Annual report on the health of the army in India
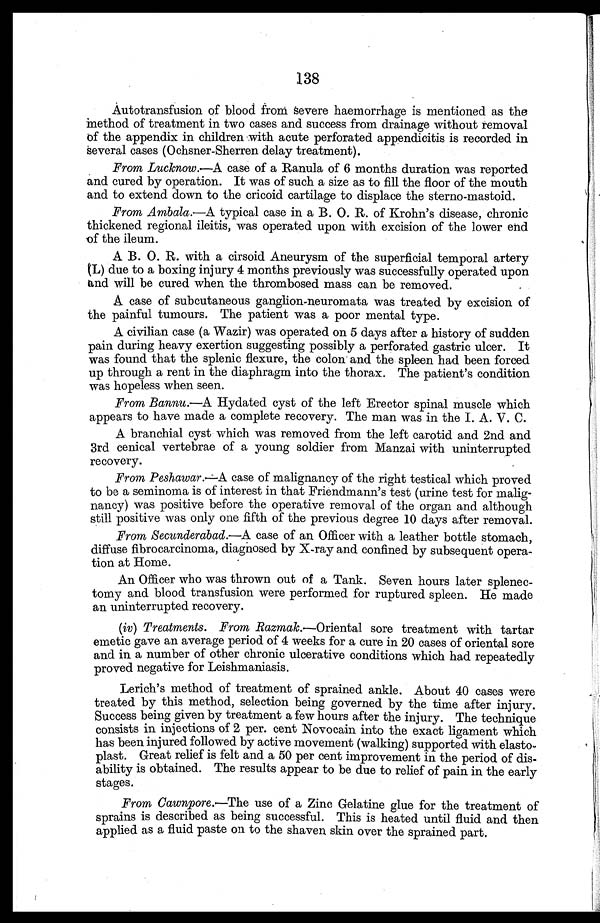
138
Autotransfusion of blood from severe haemorrhage is mentioned as the
method of treatment in two cases and success from drainage without removal
of the appendix in children with acute perforated appendicitis is recorded in
several cases (Ochsner-Sherren delay treatment).
From Lucknow.—A case of a Ranula of 6 months duration was reported
and cured by operation. It was of such a size as to fill the floor of the mouth
and to extend down to the cricoid cartilage to displace the sterno-mastoid.
From Ambala.—A typical case in a B. O. R. of Krohn's disease, chronic
thickened regional ileitis, was operated upon with excision of the lower end
of the ileum.
A B. O. R. with a cirsoid Aneurysm of the superficial temporal artery
(L) due to a boxing injury 4 months previously was successfully operated upon
and will be cured when the thrombosed mass can be removed.
A case of subcutaneous ganglion-neuromata was treated by excision of
the painful tumours. The patient was a poor mental type.
A civilian case (a Wazir) was operated on 5 days after a history of sudden
pain during heavy exertion suggesting possibly a perforated gastric ulcer. It
was found that the splenic flexure, the colon and the spleen had been forced
up through a rent in the diaphragm into the thorax. The patient's condition
was hopeless when seen.
From Bannu.—A Hydated cyst of the left Erector spinal muscle which
appears to have made a complete recovery. The man was in the I. A. V. C.
A branchial cyst which was removed from the left carotid and 2nd and
3rd cenical vertebrae of a young soldier from Manzai with uninterrupted
recovery.
From Peshawar.—A case of malignancy of the right testical which proved
to be a seminoma is of interest in that Friendmann's test (urine test for malig
-nancy) was positive before the operative removal of the organ and although
still positive was only one fifth of the previous degree 10 days after removal.
From Secunderabad.—A case of an Officer with a leather bottle stomach,
diffuse fibrocarcinoma, diagnosed by X-ray and confined by subsequent opera
-tion at Home.
An Officer who was thrown out of a Tank. Seven hours later splenec
-tomy and blood transfusion were performed for ruptured spleen. He made
an uninterrupted recovery.
(iv) Treatments. From Razmak.—Oriental sore treatment with tartar
emetic gave an average period of 4 weeks for a cure in 20 cases of oriental sore
and in a number of other chronic ulcerative conditions which had repeatedly
proved negative for Leishmaniasis.
Lerich's method of treatment of sprained ankle. About 40 cases were
treated by this method, selection being governed by the time after injury.
Success being given by treatment a few hours after the injury. The technique
consists in injections of 2 per. cent Novocain into the exact ligament which
has been injured followed by active movement (walking) supported with elasto-
plast. Great relief is felt and a 50 per cent improvement in the period of dis-
ability is obtained. The results appear to be due to relief of pain in the early
stages.
From Cawnpore.—The use of a Zinc Gelatine glue for the treatment of
sprains is described as being successful. This is heated until fluid and then
applied as a fluid paste on to the shaven skin over the sprained part.